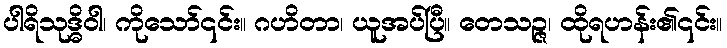
ပါရိသုဒ္ဓိဝါ၊ ကိုသော်၎င်း။ ဂဟိတာ၊ ယူအပ်ပြီ။ တေသဉ္ဇ၊ ထိုရဟန်း၏၎င်း။